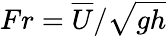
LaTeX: Fr=\overline{{U}}/\sqrt{gh}